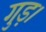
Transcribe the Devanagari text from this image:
गुड़।